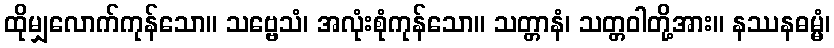
ထိုမျှလောက်ကုန်သော။ သဗ္ဗေသံ၊ အလုံးစုံကုန်သော။ သတ္တာနံ၊ သတ္တဝါတို့အား။ နဿနဓမ္မံ၊